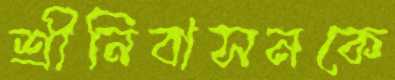
শ্রীনিবাসনকে